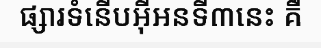
ផ្សារទំនើបអ៊ីអនទី៣នេះ គឺ